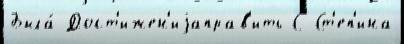
Была́ Дост'ижен'иjаправ'ить С Ст'еп'ина